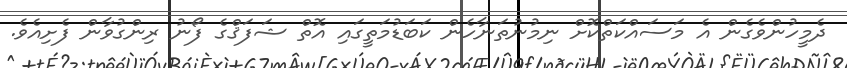
ދެމީހުންވެގެން އެ މަސައްކަތްކޮށް ނިމުނުތަނާހެން ކަބަޑުމަތީގައި އޮތް ޝަފަޤްގެ ފޯނު ރިންގުވާން ފެށިއެވެ.